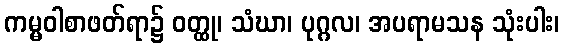
ကမ္မဝါစာဖတ်ရာ၌ ဝတ္ထု၊ သံဃာ၊ ပုဂ္ဂလ၊ အပရာမသန သုံးပါး၊